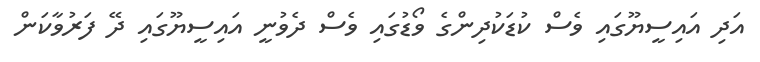
އަދި އައިސީޔޫގައި ވެސް ކުޑަކުދިންގެ ވޯޑުގައި ވެސް ދެވުނީ އައިސީޔޫގައި ދޭ ފަރުވާކަން